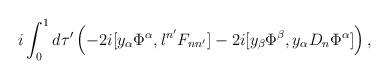
LaTeX: \begin{align*}i \int_0^1 d \tau' \left(-2i [ y_\alpha \Phi^\alpha, l^{n'} F_{nn'}]-2i [y_\beta \Phi^\beta, y_\alpha D_n \Phi^\alpha]\right),\end{align*}